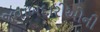
જવાબદારીઓની